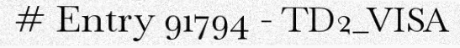
# Entry 91794 - TD2_VISA